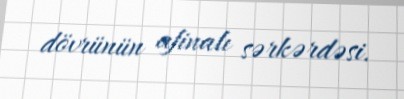
dövrünün afinalı sərkərdəsi.